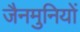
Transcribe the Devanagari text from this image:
जैनमुनियों